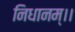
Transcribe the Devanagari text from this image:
निधानम्।।